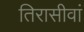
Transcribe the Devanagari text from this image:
तिरासीवां